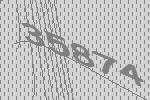
35874